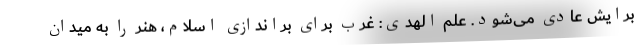
برایش عادی می‌شود. علم الهدی: غرب برای براندازی اسلام، هنر را به میدان